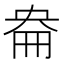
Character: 𡘦